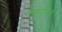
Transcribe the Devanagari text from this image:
मेलानोप्सिन